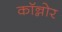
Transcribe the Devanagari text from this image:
कॉन्नोर